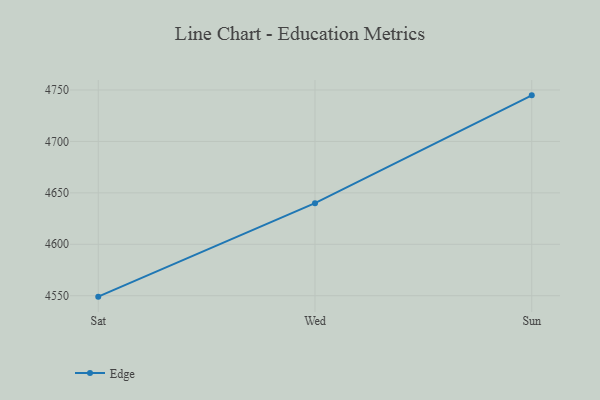
{"axis": {"x": "Day", "y": "Website Visitors"}, "legend": ["Edge"], "data": [{"x": "Sat", "y": 4549.1, "type": "Edge"}, {"x": "Wed", "y": 4640.0, "type": "Edge"}, {"x": "Sun", "y": 4744.8, "type": "Edge"}]}